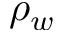
\rho _ { w }